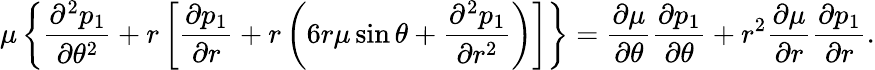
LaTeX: \mu\left\{ \frac{\partial^{2}p_{1}}{\partial\theta^{2}}+r\left[\frac{\partial p_{1}}{\partial r}+r\left(6r\mu\sin\theta+\frac{\partial^{2}p_{1}}{\partial r^{2}}\right)\right]\right\} =\frac{\partial\mu}{\partial\theta}\frac{\partial p_{1}}{\partial\theta}+r^{2}\frac{\partial\mu}{\partial r}\frac{\partial p_{1}}{\partial r}.